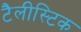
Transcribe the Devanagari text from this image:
टैलीस्टिक